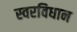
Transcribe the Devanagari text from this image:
स्वरविधान